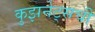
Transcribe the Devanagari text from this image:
कुझनेट्सची